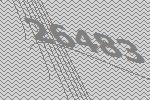
26483